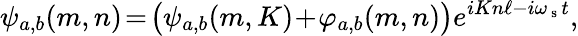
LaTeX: \psi_{a,b}(m,n)\! =\! \bigl(\psi_{a,b}(m,K)\! +\! \varphi_{a,b}(m,n)\bigr)e^{iKn\ell-i\omega_{\mathrm{~s~}}t},